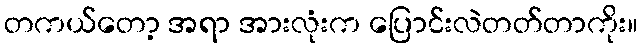
တကယ်တော့ အရာ အားလုံးက ပြောင်းလဲတတ်တာကိုး။